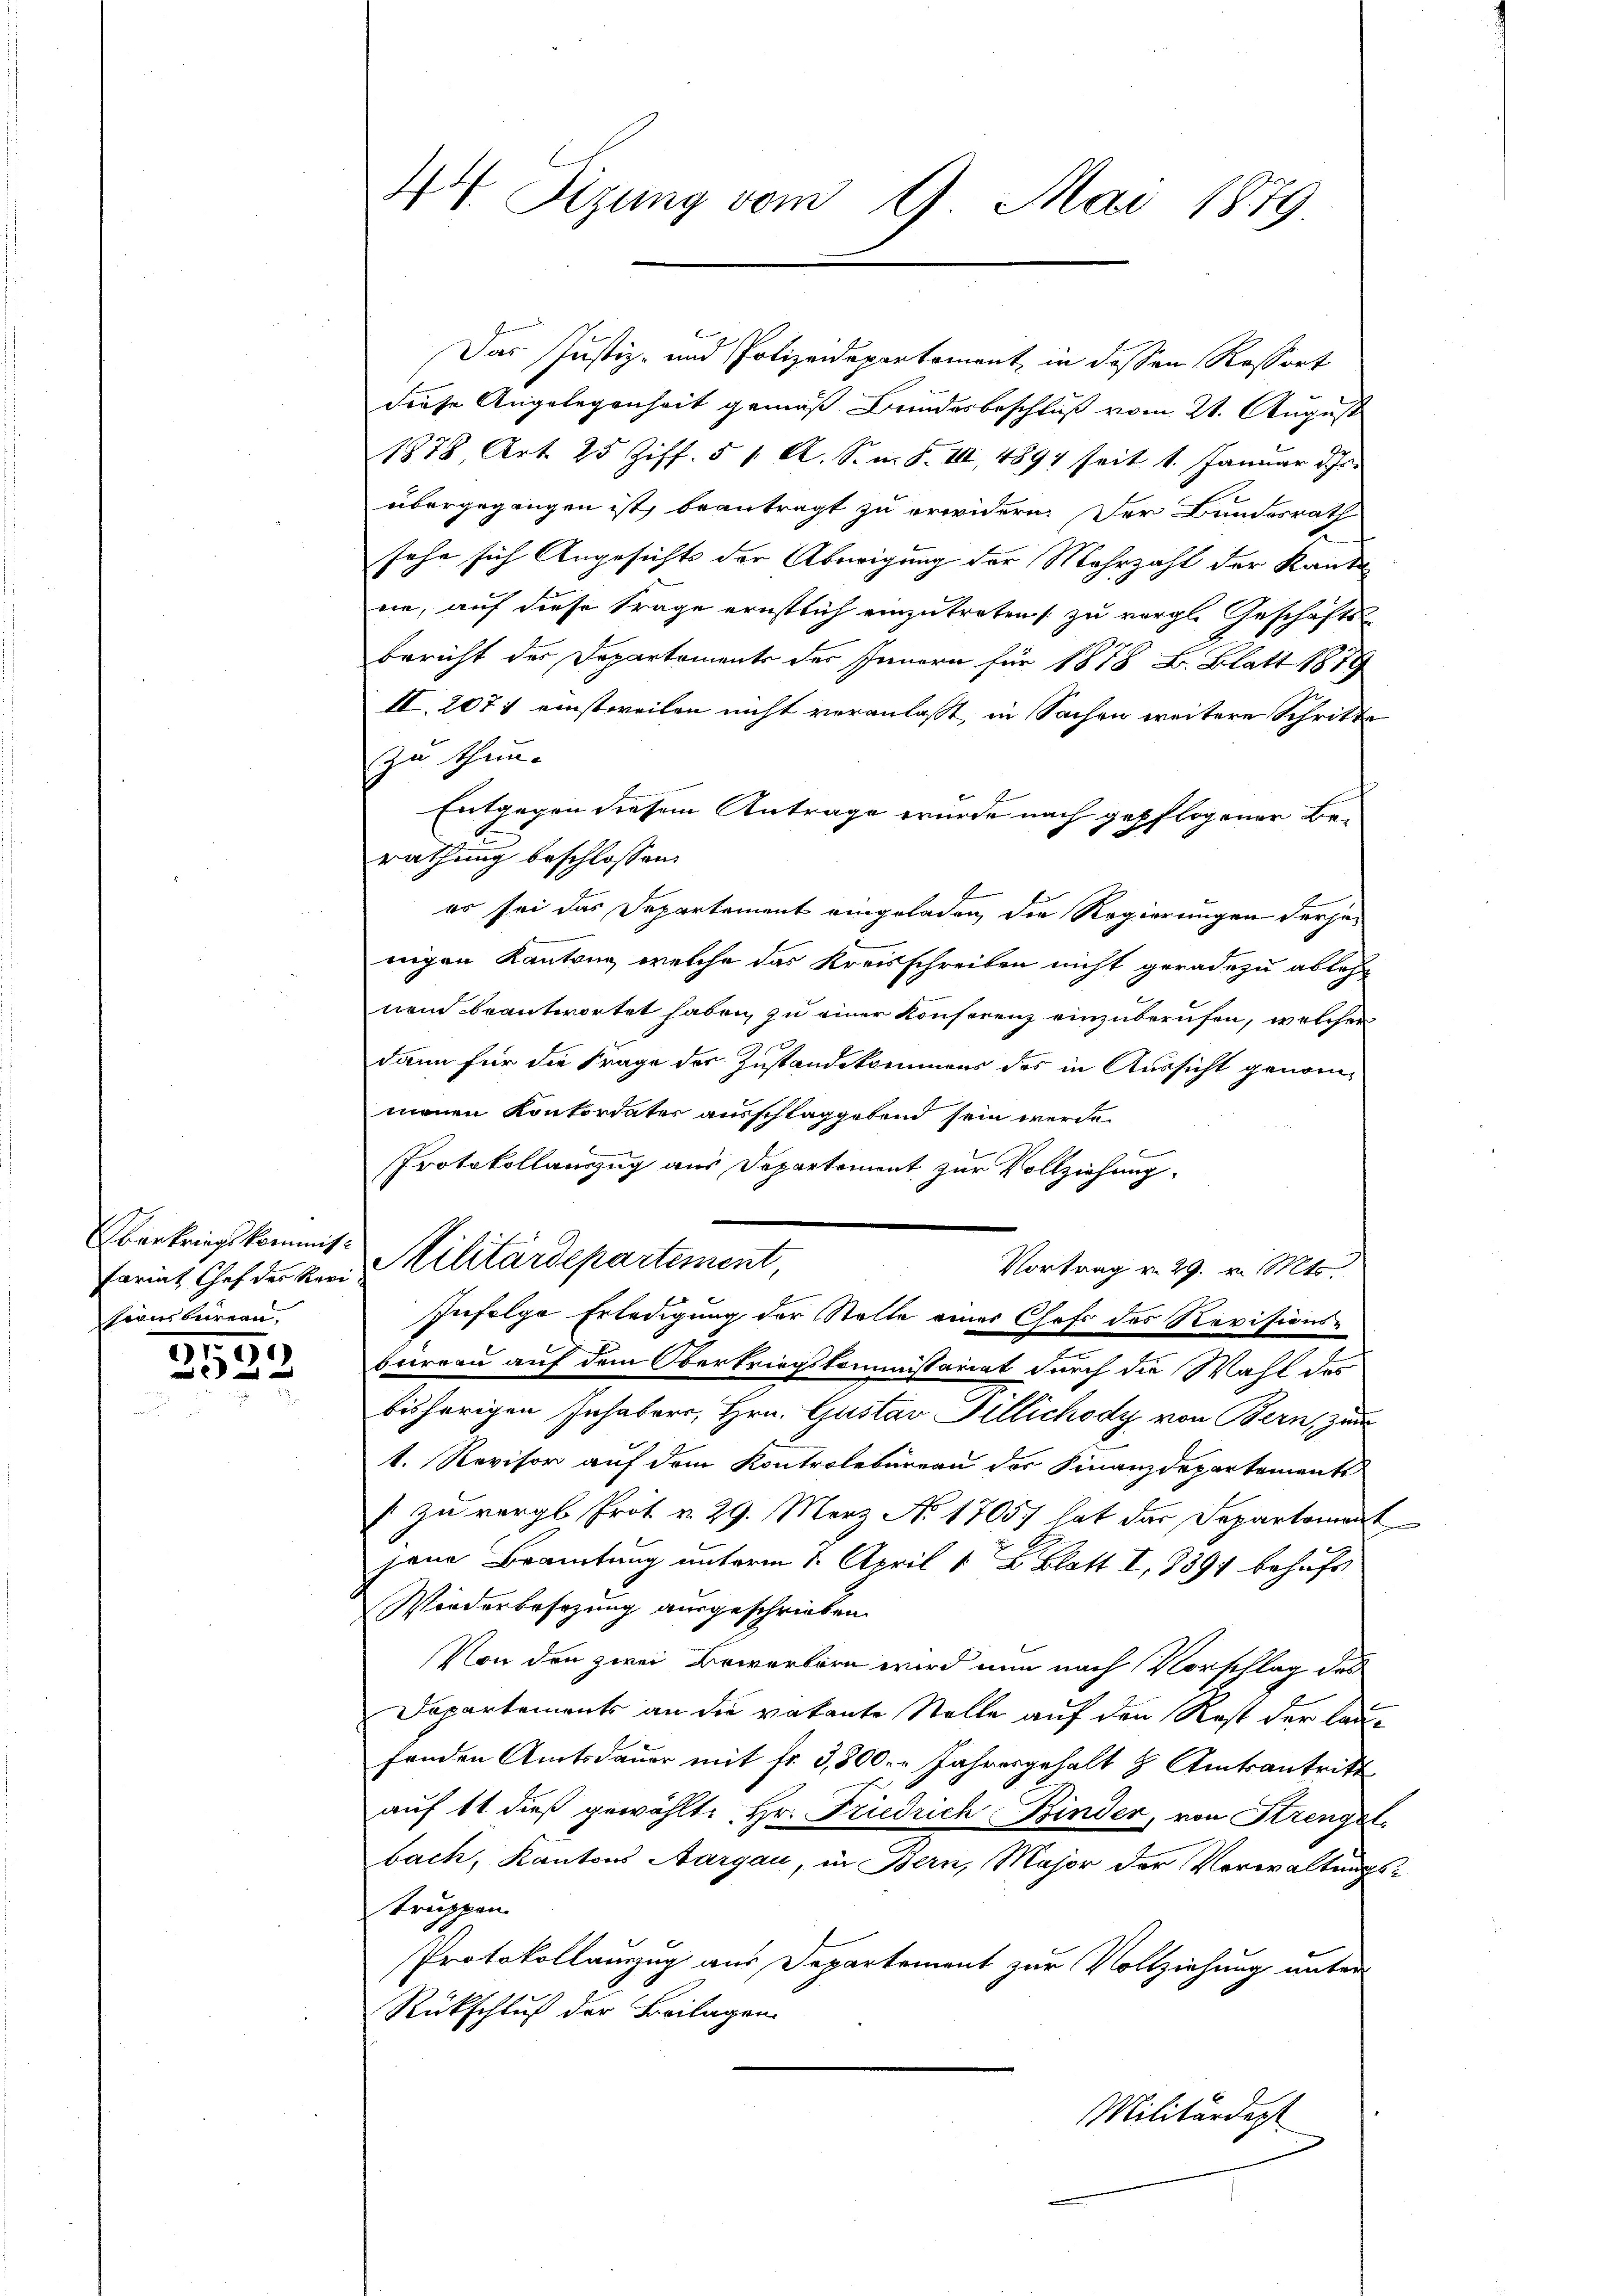
Oberkriegskommisfariat Chef des Revi
sionsberein,

1
.
25

44. Sitzung vom 9. Mai 1879

Das Justiz- und Polizeidepartement, in dessen Rossort
diese Angelegenheit gemäß Bundesbeschluß vom 21. August
1878, Art. 25 Ziff. 51. A. S. m. S. III, 4894 seit 1. Januar d. Js.
übergegangen ist, beantragt zu erwidern. Der Bundesrath
sehe sich Angesichts der Aberigung der Mehrzahl der Kant
ne, auf diese Frage ernstlich einzutreten zu vergl. Geschäfts-
Bericht der Departements des Innern für 1878 B. Blatt 1879
II. 207 : einstweilen nicht veranlaßt, in Sachen weitere Schritte
zu thun.
Entgegen diesem Antrage wurde nach gepflogener Be-
rathung beschlossen:
er sei das Departement eingeladen, die Regierungen derjenigen Kantone, welche das Kreisschreiben nicht geradezu ablehnem beantwortet haben, zu einer Konferenz einzuberufen, welcher
dann für die Frage der Zustandekommens des in Aussicht genommenen Konkordates ausschlaggebend sein werde.

Protokollauszug aus Departement zur Vollziehung.
Vortrag v. 29. v. Mts.
bureau auf dem Oberkriegskommissariat durch die Wahl des
bisherigen Inhabers, Hrn. Gustav Pillichody von Bern, zur
t. Revisor auf dem Kontrolbureau der Finanzdepartements
s zu vergl. Prot v. 29. März No 1705) hat das Departement
jana Brautung unterm 1. April 12 Blatt I. 1391 behufs
Wiederbesezung ausgeschrieben.
Von den zwei Bewertern wird nun nach Vorschlag des
Dapartements an die vakante Stelle auf den Rest der laufenden Amtsdauer mit fr. 3,800. - Jahresgehalt & Amtsantritt
aŭf 11 dieß gewählt: Hr. Friedrich Binder, von Strengel-
bach, Kantons Aargau, in Bern, Major der Verwaltungstruppen.
Protokollauszug aus Departement zur Vollziehung unter
Rückschluß der Beilagen.
Militärdep

Militärdepartement
Infolge Erledigung der Stelle einer Chefs des Revisions¬